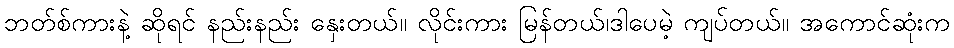
ဘတ်စ်ကားနဲ့ ဆိုရင် နည်းနည်း နှေးတယ်။ လိုင်းကား မြန်တယ်၊ဒါပေမဲ့ ကျပ်တယ်။ အကောင်ဆုံးက